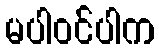
မပါဝင်ပါက